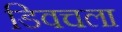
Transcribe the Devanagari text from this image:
डिवचला